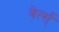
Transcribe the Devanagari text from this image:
वेर्त्स्